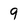
Character: 9